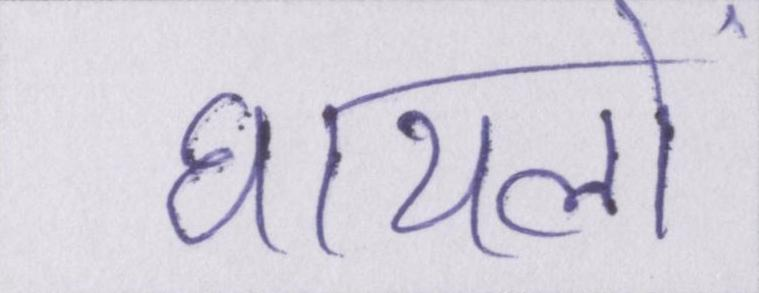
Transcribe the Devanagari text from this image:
घायलों